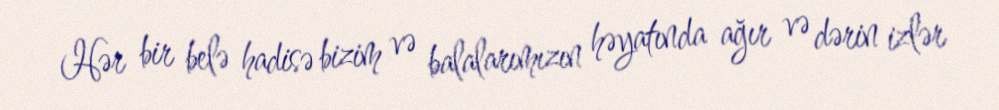
Hər bir belə hadisə bizim və balalarımızın həyatında ağır və dərin izlər